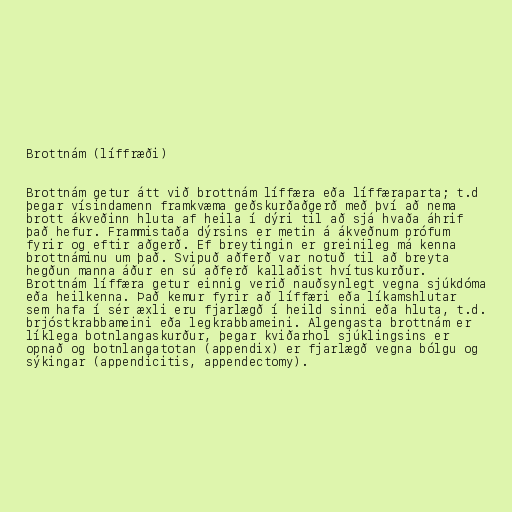
Brottnám (líffræði)

Brottnám getur átt við brottnám líffæra eða líffæraparta; t.d
þegar vísindamenn framkvæma geðskurðaðgerð með því að nema
brott ákveðinn hluta af heila í dýri til að sjá hvaða áhrif
það hefur. Frammistaða dýrsins er metin á ákveðnum prófum
fyrir og eftir aðgerð. Ef breytingin er greinileg má kenna
brottnáminu um það. Svipuð aðferð var notuð til að breyta
hegðun manna áður en sú aðferð kallaðist hvítuskurður.
Brottnám líffæra getur einnig verið nauðsynlegt vegna sjúkdóma
eða heilkenna. Það kemur fyrir að líffæri eða líkamshlutar
sem hafa í sér æxli eru fjarlægð í heild sinni eða hluta, t.d.
brjóstkrabbameini eða legkrabbameini. Algengasta brottnám er
líklega botnlangaskurður, þegar kviðarhol sjúklingsins er
opnað og botnlangatotan (appendix) er fjarlægð vegna bólgu og
sýkingar (appendicitis, appendectomy).